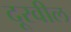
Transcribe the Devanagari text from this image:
दूरवील